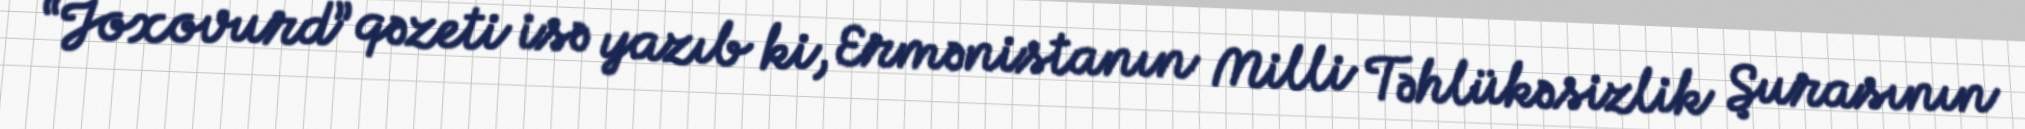
“Joxovurd” qəzeti isə yazıb ki, Ermənistanın Milli Təhlükəsizlik Şurasının